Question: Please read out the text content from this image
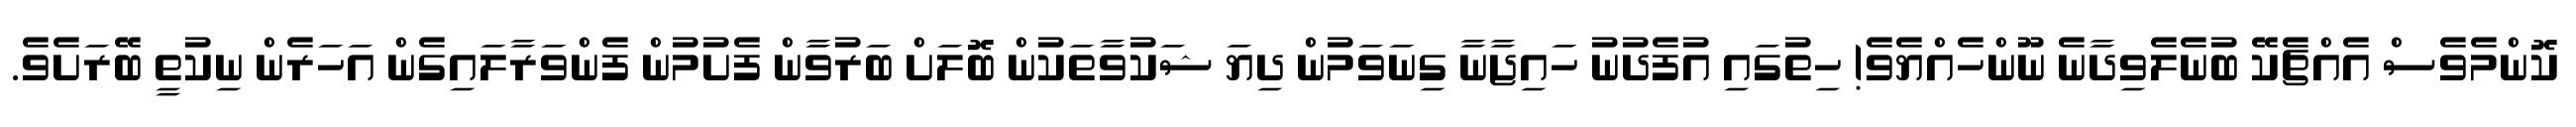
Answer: ކޮންމެވެސް އެއްޗެކޭ ބުނެލެވިދާނެ ނޫންހެއްޔެވެ! ހިތުގައި އުފެދުނު ހައިޖާނާ ގިނަވަމުން ދިޔަ ޝަކުވާތަކުން ބޮލަށް ބަރުވާން ފެށުމުން ފެންވަރާލައިގެން އަހަރެން ނިކުތީ ބޭރަށެވެ.